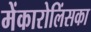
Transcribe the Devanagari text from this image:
मेंकारोलिंसका